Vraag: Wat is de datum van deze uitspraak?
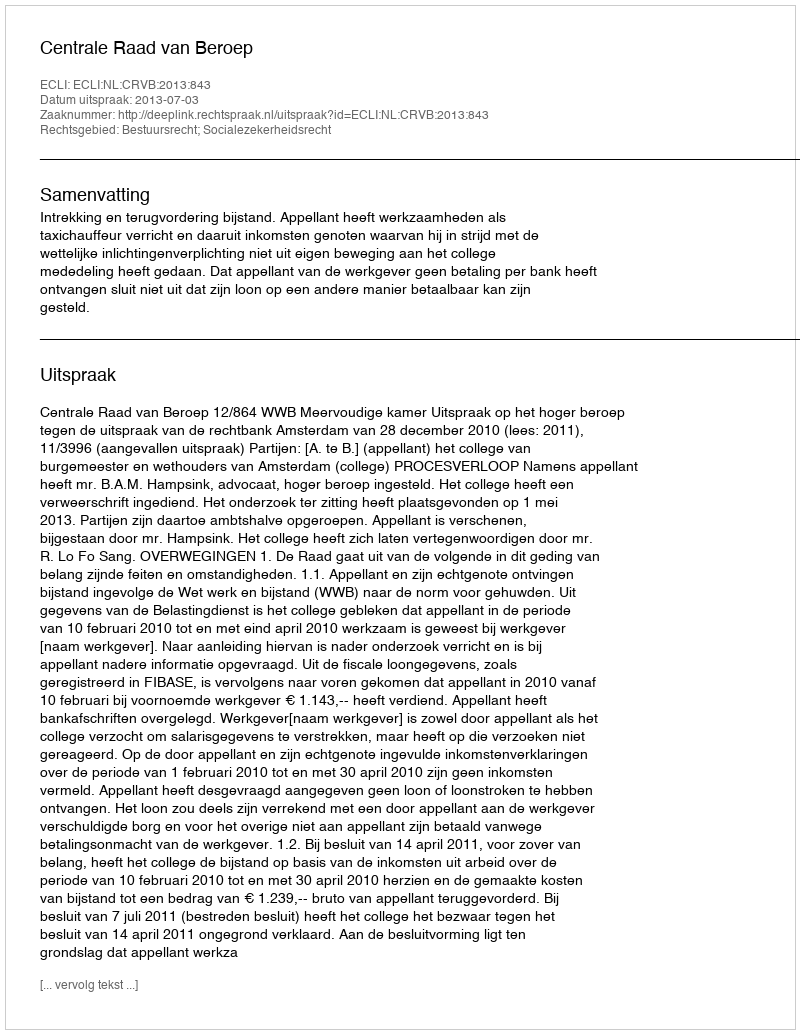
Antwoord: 2013-07-03